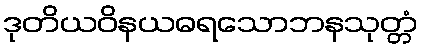
ဒုတိယဝိနယဓရသောဘနသုတ္တံ